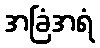
အခြံအရံ